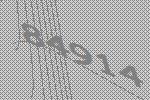
84914